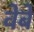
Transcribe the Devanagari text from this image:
वेबे